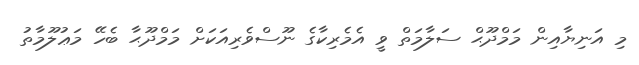
މި އަނިޔާއިން މަމްދޫޙް ސަލާމަތް ވީ އެމެރިކާގެ ނޫސްވެރިއަކަށް މަމްދޫޙާ ބެހޭ މަޢުލޫމާތު